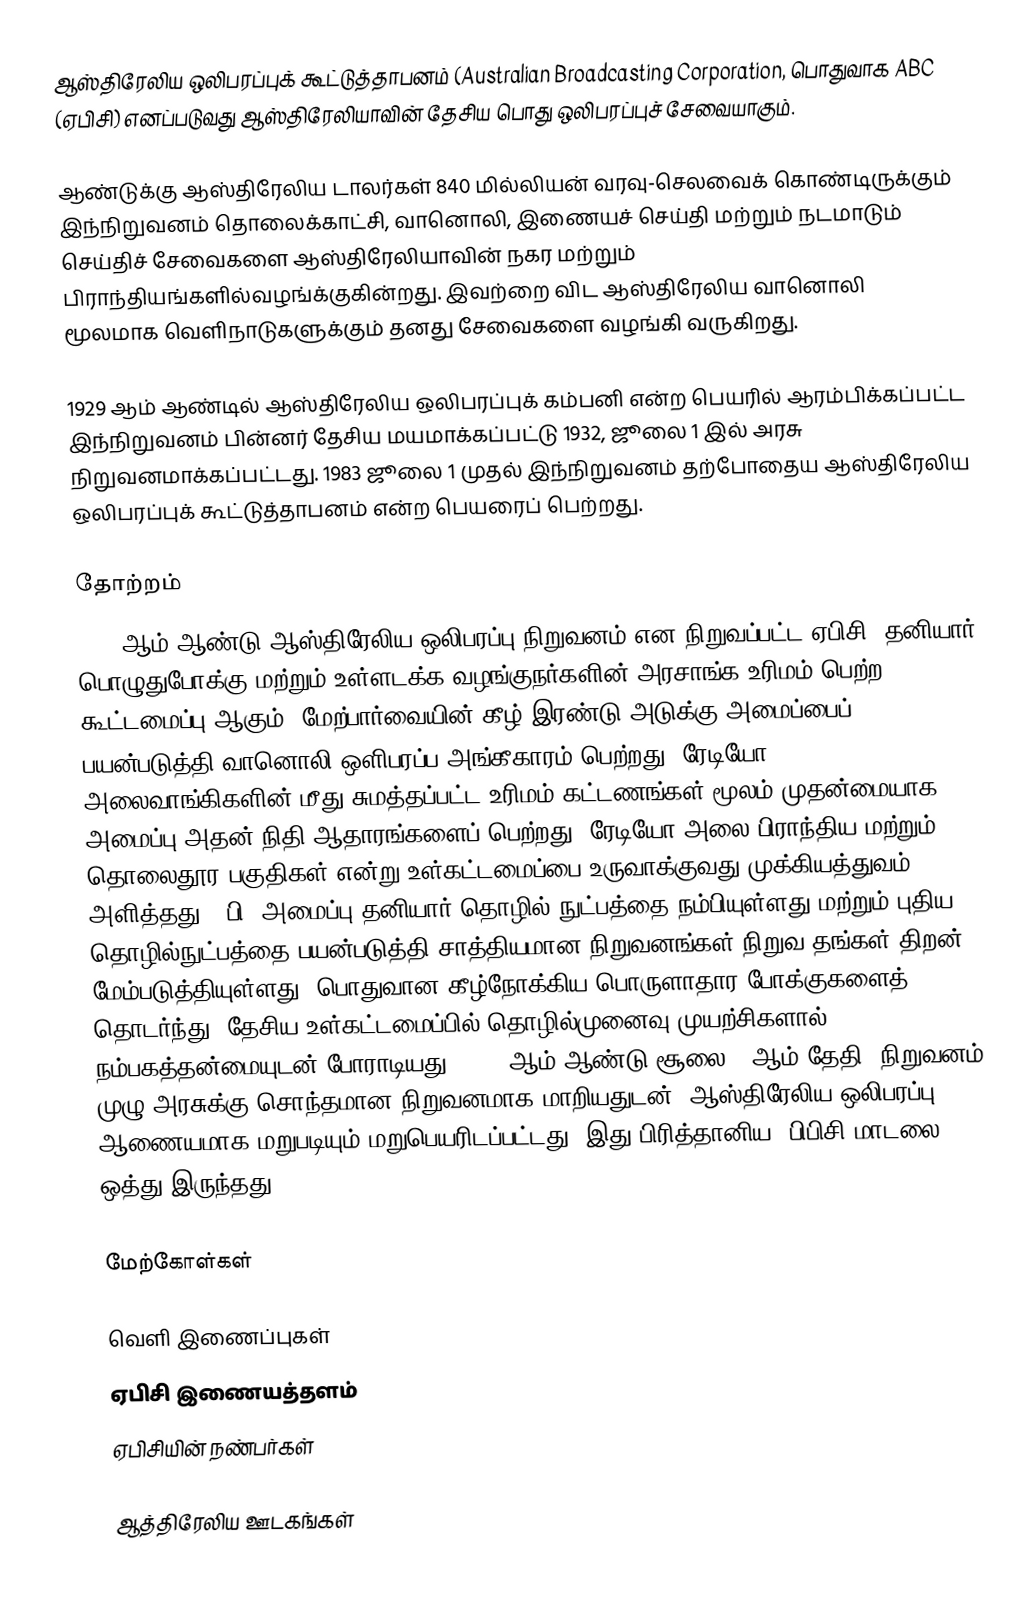
ஆஸ்திரேலிய ஒலிபரப்புக் கூட்டுத்தாபனம் (Australian Broadcasting Corporation, பொதுவாக ABC (ஏபிசி) எனப்படுவது ஆஸ்திரேலியாவின் தேசிய பொது ஒலிபரப்புச் சேவையாகும்.

ஆண்டுக்கு ஆஸ்திரேலிய டாலர்கள் 840 மில்லியன் வரவு-செலவைக் கொண்டிருக்கும் இந்நிறுவனம் தொலைக்காட்சி, வானொலி, இணையச் செய்தி மற்றும் நடமாடும் செய்திச் சேவைகளை ஆஸ்திரேலியாவின் நகர மற்றும் பிராந்தியங்களில்வழங்க்குகின்றது. இவற்றை விட ஆஸ்திரேலிய வானொலி மூலமாக வெளிநாடுகளுக்கும் தனது சேவைகளை வழங்கி வருகிறது.

1929 ஆம் ஆண்டில் ஆஸ்திரேலிய ஒலிபரப்புக் கம்பனி என்ற பெயரில் ஆரம்பிக்கப்பட்ட இந்நிறுவனம் பின்னர் தேசிய மயமாக்கப்பட்டு 1932, ஜூலை 1 இல் அரசு நிறுவனமாக்கப்பட்டது. 1983 ஜூலை 1 முதல் இந்நிறுவனம் தற்போதைய ஆஸ்திரேலிய ஒலிபரப்புக் கூட்டுத்தாபனம் என்ற பெயரைப் பெற்றது.

தோற்றம்
1929 ஆம் ஆண்டு ஆஸ்திரேலிய ஒலிபரப்பு நிறுவனம் என நிறுவப்பட்ட ஏபிசி, தனியார் பொழுதுபோக்கு மற்றும் உள்ளடக்க வழங்குநர்களின் அரசாங்க உரிமம் பெற்ற கூட்டமைப்பு ஆகும், மேற்பார்வையின் கீழ் இரண்டு அடுக்கு அமைப்பைப் பயன்படுத்தி வானொலி ஒளிபரப்ப  அங்கீகாரம் பெற்றது. ரேடியோ அலைவாங்கிகளின் மீது சுமத்தப்பட்ட உரிமம் கட்டணங்கள் மூலம் முதன்மையாக "A" அமைப்பு அதன் நிதி ஆதாரங்களைப் பெற்றது, ரேடியோ அலை பிராந்திய மற்றும் தொலைதூர பகுதிகள் என்று உள்கட்டமைப்பை உருவாக்குவது முக்கியத்துவம் அளித்தது.  "பி" அமைப்பு தனியார் தொழில் நுட்பத்தை நம்பியுள்ளது மற்றும் புதிய தொழில்நுட்பத்தை பயன்படுத்தி சாத்தியமான நிறுவனங்கள் நிறுவ தங்கள் திறன் மேம்படுத்தியுள்ளது. பொதுவான கீழ்நோக்கிய பொருளாதார போக்குகளைத் தொடர்ந்து, தேசிய உள்கட்டமைப்பில் தொழில்முனைவு முயற்சிகளால் நம்பகத்தன்மையுடன் போராடியது, 1932 ஆம் ஆண்டு சூலை 1 ஆம் தேதி "நிறுவனம்" முழு அரசுக்கு சொந்தமான நிறுவனமாக மாறியதுடன், ஆஸ்திரேலிய ஒலிபரப்பு ஆணையமாக மறுபடியும் மறுபெயரிடப்பட்டது, இது பிரித்தானிய, பிபிசி மாடலை ஒத்து இருந்தது.

மேற்கோள்கள்

வெளி இணைப்புகள்
 ஏபிசி இணையத்தளம்
 ஏபிசியின் நண்பர்கள்

ஆத்திரேலிய ஊடகங்கள்